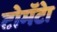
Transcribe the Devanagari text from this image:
टोमॅटेा